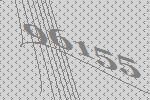
96155